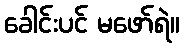
ခေါင်းပင် မဖော်ရဲ။